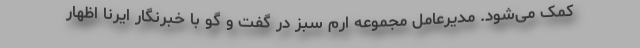
کمک می‌شود. مدیرعامل مجموعه ارم سبز در گفت و گو با خبرنگار ایرنا اظهار